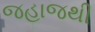
જહાજથી